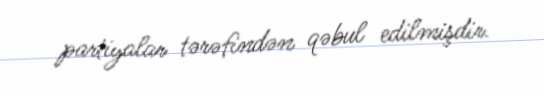
partiyalar tərəfindən qəbul edilmişdir.